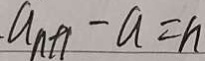
a _ { n + 1 } - a = n